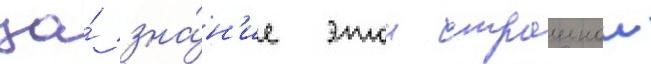
за́ зна́н'ие этои страшнои